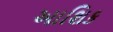
આશિક